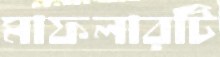
মাফলারটি